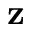
{ \mathbf z }